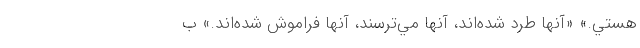
هستي.» «آنها طرد شده‌اند، آنها مي‌ترسند، آنها فراموش ‌شده‌اند.» ب